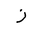
Letter: _zay